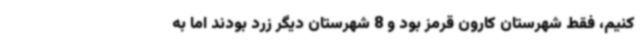
کنیم، فقط شهرستان کارون قرمز بود و 8 شهرستان دیگر زرد بودند اما به